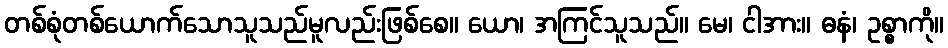
တစ်စုံတစ်ယောက်သောသူသည်မူလည်းဖြစ်စေ။ ယော၊ အကြင်သူသည်။ မေ၊ ငါအား။ ဓနံ၊ ဥစ္စာကို။